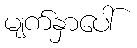
မျက်နှာပေါ်